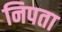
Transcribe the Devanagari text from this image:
निपता